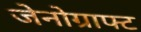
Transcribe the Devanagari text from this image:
जेनोग्राफ्ट